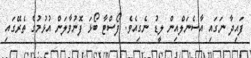
ފައިދާ ނަގައި އާސެނަލްއިން ލީޑު ނެގިއެވެ. ފޯސްޓާ ބޯޅަ ފޮނުވާލަން އުޅުމުގެ ތެރޭގައި